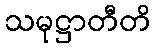
သမုဋ္ဌာတီတိ